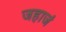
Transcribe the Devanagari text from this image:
जहाजं